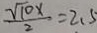
\frac { \sqrt { 1 0 x } } { 2 } = 2 . 5